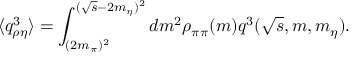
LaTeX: \langle q _ { \rho \eta } ^ { 3 } \rangle = \int _ { ( 2 m _ { \pi } ) ^ { 2 } } ^ { ( \sqrt { s } - 2 m _ { \eta } ) ^ { 2 } } d m ^ { 2 } \rho _ { \pi \pi } ( m ) q ^ { 3 } ( \sqrt { s } , m , m _ { \eta } ) .